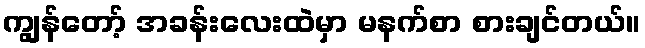
ကျွန်တော့် အခန်းလေးထဲမှာ မနက်စာ စားချင်တယ်။